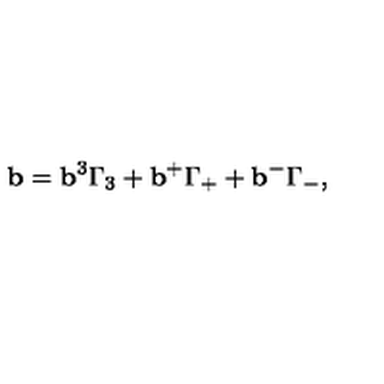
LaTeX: { \bf b } = { \bf b } ^ { 3 } \Gamma _ { 3 } + { \bf b } ^ { + } \Gamma _ { + } + { \bf b } ^ { - } \Gamma _ { - } ,